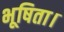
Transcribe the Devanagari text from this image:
भूषिता।